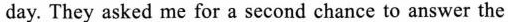
day. They asked me for a second chance to answer the